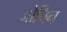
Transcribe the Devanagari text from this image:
जोनिन